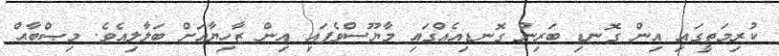
ކުރިމަތީގައި އިން ގޮނޑި ބަރިން ގޮނޑިއެއްގައި މާޔޫސްވެފައި އިން ޒާހިޔާއަށް ބަލާލިއެވެ. މިޞްބާޙް